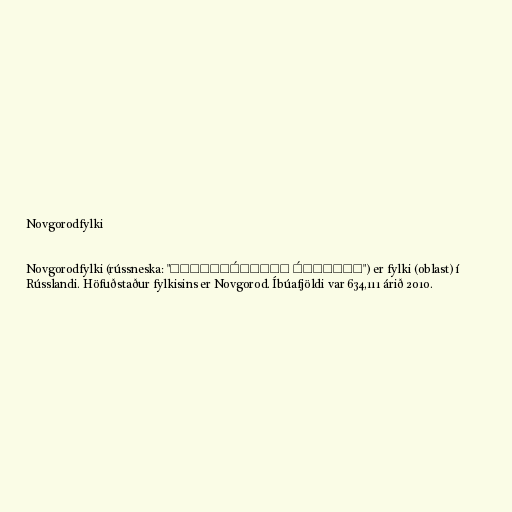
Novgorodfylki

Novgorodfylki (rússneska: "Новгоро́дская о́бласть") er fylki (oblast) í
Rússlandi. Höfuðstaður fylkisins er Novgorod. Íbúafjöldi var 634,111 árið 2010.